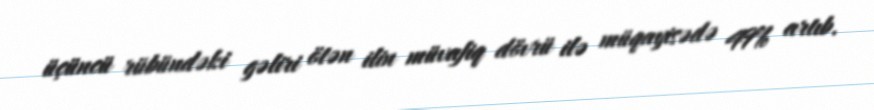
üçüncü rübündəki gəliri ötən ilin müvafiq dövrü ilə müqayisədə 49% artıb.